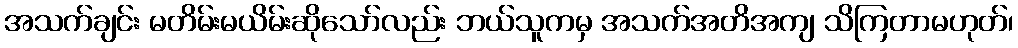
အသက်ချင်း မတိမ်းမယိမ်းဆိုသော်လည်း ဘယ်သူကမှ အသက်အတိအကျ သိကြတာမဟုတ်၊